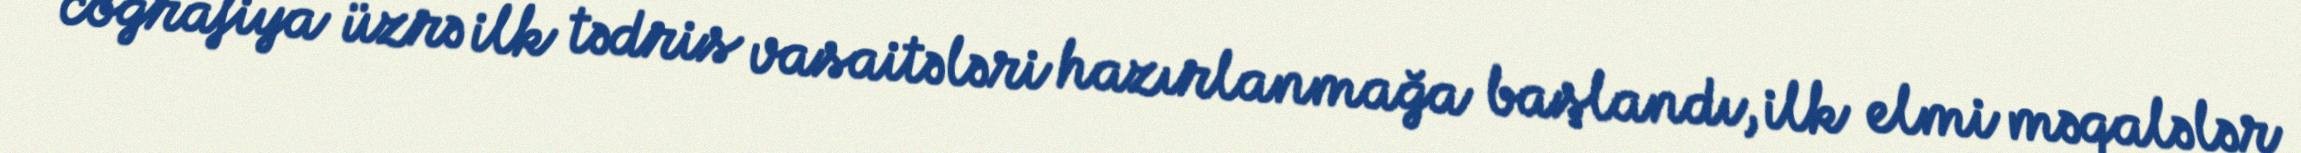
coğrafiya üzrə ilk tədris vasaitələri hazırlanmağa başlandı, ilk elmi məqalələr